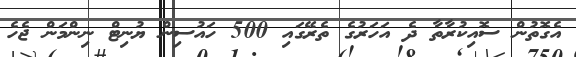
އެގޮތުން ސޮއިކުރާތާ ދެ އަހަރުގެ ތެރޭގައި 500 ހައުސިން ޔުނިޓް ނިންމަން ޖެހެ